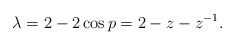
\begin{align*}\lambda=2-2 \cos p=2-z-z^{-1}.\end{align*}